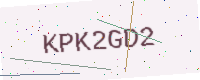
Text: KPK2GD2